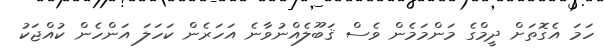
ހަމަ އެގޮތަށް ދީމްގެ މަންމަމެން ވެސް ޤަބޫލެއްނުވާނެ އަހަރެން ކަހަލަ އަންހެން ކުއްޖަކު